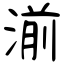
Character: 湔